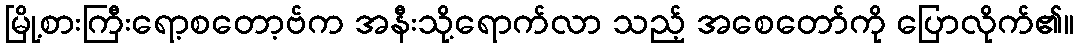
မြို့စားကြီးရော့စတော့ဗ်က အနီးသို့ရောက်လာ သည့် အစေတော်ကို ပြောလိုက်၏။